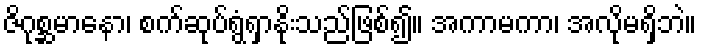
ဇိဂုစ္ဆမာနော၊ စက်ဆုပ်ရွံရှာနိုးသည်ဖြစ်၍။ အကာမကာ၊ အလိုမရှိဘဲ။